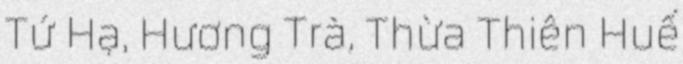
Tứ Hạ, Hương Trà, Thừa Thiên Huế